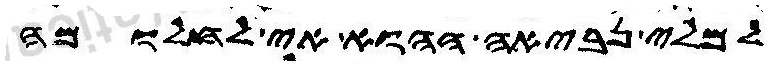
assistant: למלי נביאה ההוא אי לחלומה